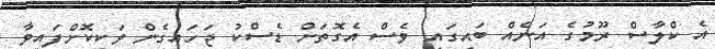
އެ ކްލާސް ރޫމުގެ އަނެއް ބައިގައި ވެސް އެގޮތަށް ޑެސްކު ޖަހައިގެން ވަކިކޮށްފައިވާ